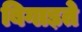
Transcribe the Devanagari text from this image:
बिगाड़ते